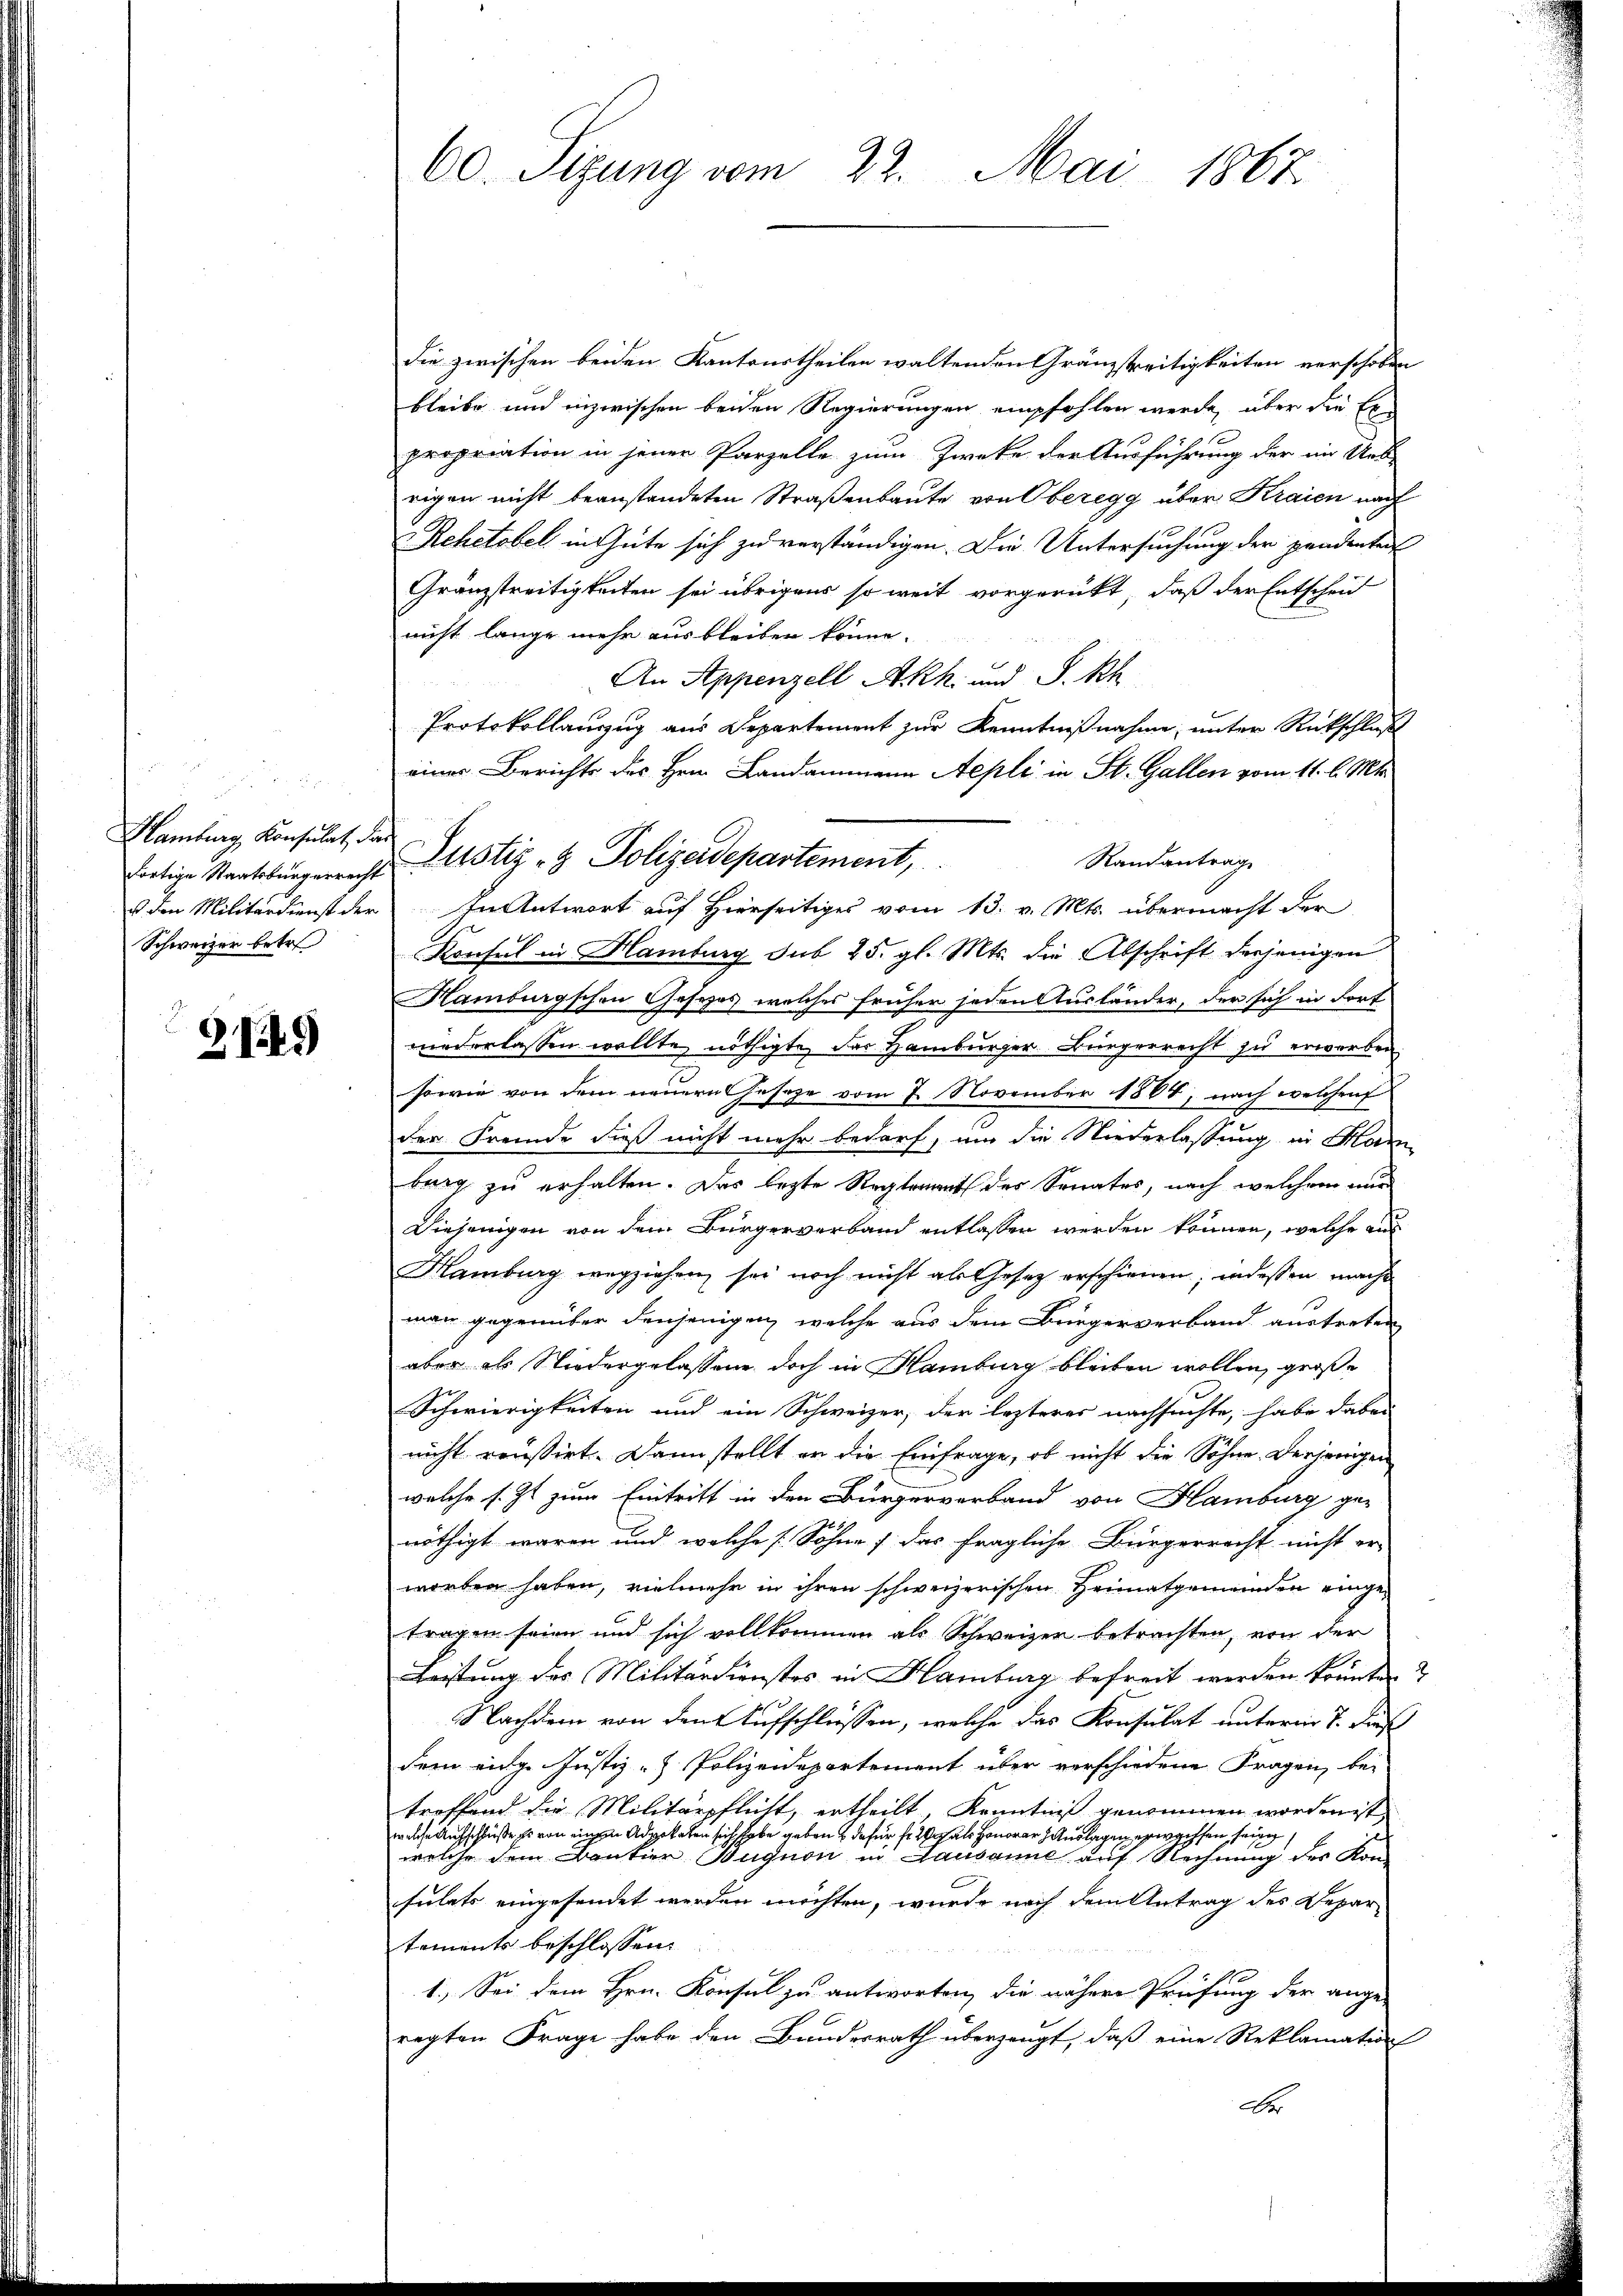
Hamburg, Konsulat, der
Schweizer betr.

G.125

die zwischen beiden Kantonstheilen waltenden Gränzstreitigkeiten verschoben
bleibe und inzwischen beiden Regierungen empfohlen werde, über die Expropriation in jener Parzelle zum Zwecke der Ausführung der in Urk
rigen nicht beanstandeten Straßenbaute von Oberegg über Kraien nach
ehetobel in Gute sich zu verständigen. Die Untersuchung der pendenten
Gränzstreitigkeiten sei übrigens so weit vorgerückt, daß der Entscheid
nicht lange mehr ausbleiben könne.
An Appenzell Akh. und S. Rh
Protokollauszug aus Departement zur Kenntnißnahme, unter Rückschluß
eines Berichts des Hrn. Landammann Aepli in St. Gallen vom 11. l. Mts.
Randantrag
s den Militärdienst der In Antwort auf Hierseitiges vom 13. v. Mts. übermacht der
Konsul in Hamburg sub 25. gl. Mts. die Abschrift derjenigen
Hamburgschen Gesetzes, welches früher jeden Ausländer, der sich in dort
niederlassen wollte, nöthigte, der Hamburger. Bürgerrecht zu erworben
sowie von dem neuern Geseze vom 7. November 1884, nach welchen
der Fremde dieß nicht mehr bedarf, um die Niederlassung in Ham
burg zu erhalten. Das lezte Reglerant der Senates, nach welchem nur
Diejenigen von dem Bürgerverband entlassen werden können, welche aus
Hamburg wegziehen, sei noch nicht als Gesetz erschienen, indessen mache
man gegenüber denjenigen, welche aus dem Bürgerverband austreten
aber als Niedergelassene doch in Hamburg bleiben wollen, große
Schwierigkeiten und ein Schweizer, der lezteres nachsuchte, habe dabei
nicht reussirt. Dann stellt er die Einfrage, ob nicht die Söhne. Derjenigen
welche s. Zt. zum Eintritt in den Bürgerverband von Hamburg ge-
nöthigt waren und welche (Sohne (das fragliche Bürgerrecht nicht er-
worden haben, vielmehr in ihren schweizerischen Heimatgemeinden eingetragen seien und sich vollkommen als Schweizer betrachten, von der
Leistung des Militärdienstes in Hamburg befreit werden könnte?
Nachdem von den Aufschlüssen, welche das Konsulat unterm 8. Diens
dem einge Justiz- & Polizeidepartement über verschiedene Fragen, bei
troffend die Militärpflicht, ertheilt, Kenntniß genommen worden ist,
welche Aufschlüße Er von einem Advokaten sich habe geben dafür fr. als Honorar Auslagen erwachsen sein,
welche dem Bankier Bignori in Lausanne er auf Rechnung der Konsülets eingesendet werden möchten, wurde nach dem Antrag des Depar
tements beschlossen
1.) Sei dem Hrn. Konsul zu antworten, die nähere Prüfung der ange-
regten Frage habe den Bundesrath überzeugt, daß eine Reklamation
Be

60. Sizung vom 22. Mai 1867

fortige Staatsburgericht Justiz- & Polizeidepartement,